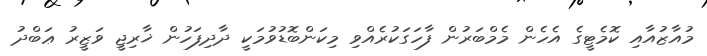
މުއާޒުއާއި ކޮމެޓީގެ އެހެން މެމްބަރުން ފާހަގަކުރެއްވި މިކަންބޮޑުވުމަކީ ދާދިފަހުން ޚާރިޖީ ވަޒީރު ޢަބްދު